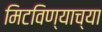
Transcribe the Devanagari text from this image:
मिटविण्याच्या